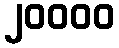
၂၀၀၀၀